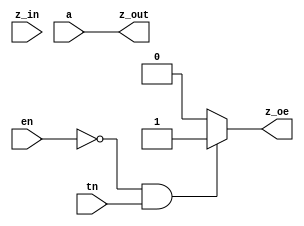
module bt
(
	output	z_out,
	output	z_oe,
	input		z_in,
	input		a,
	input		en,
	input 	tn
);

assign z_out = a;
assign z_oe = (~en & tn) ? 1'b1 : 1'b0;

endmodule